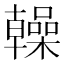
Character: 𫧭